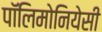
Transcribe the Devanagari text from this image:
पॉलिमोनियेसी